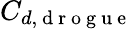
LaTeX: C_{d,\mathrm{~d~r~o~g~u~e~}}